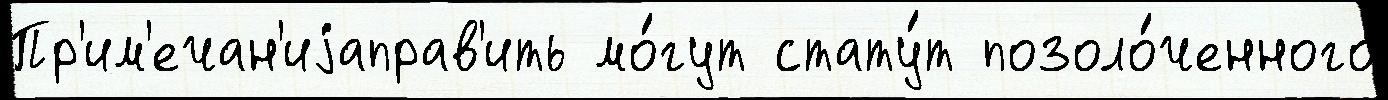
Пр'им'ечан'иjаправ'ить мо́гут стату́т позоло́ченного